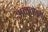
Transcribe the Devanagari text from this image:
अनतोनी